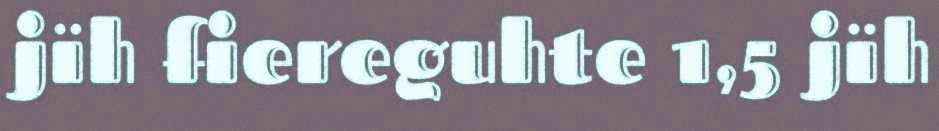
jïh fiereguhte 1,5 jïh